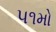
૫૧મો